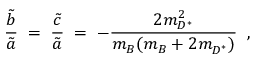
\frac { \tilde { b } } { \tilde { a } } \; = \; \frac { \tilde { c } } { \tilde { a } } \; = \; - \frac { 2 m _ { D ^ { * } } ^ { 2 } } { m _ { B } ^ { ~ } ( m _ { B } ^ { ~ } + 2 m _ { D ^ { * } } ^ { ~ } ) } \; \; ,